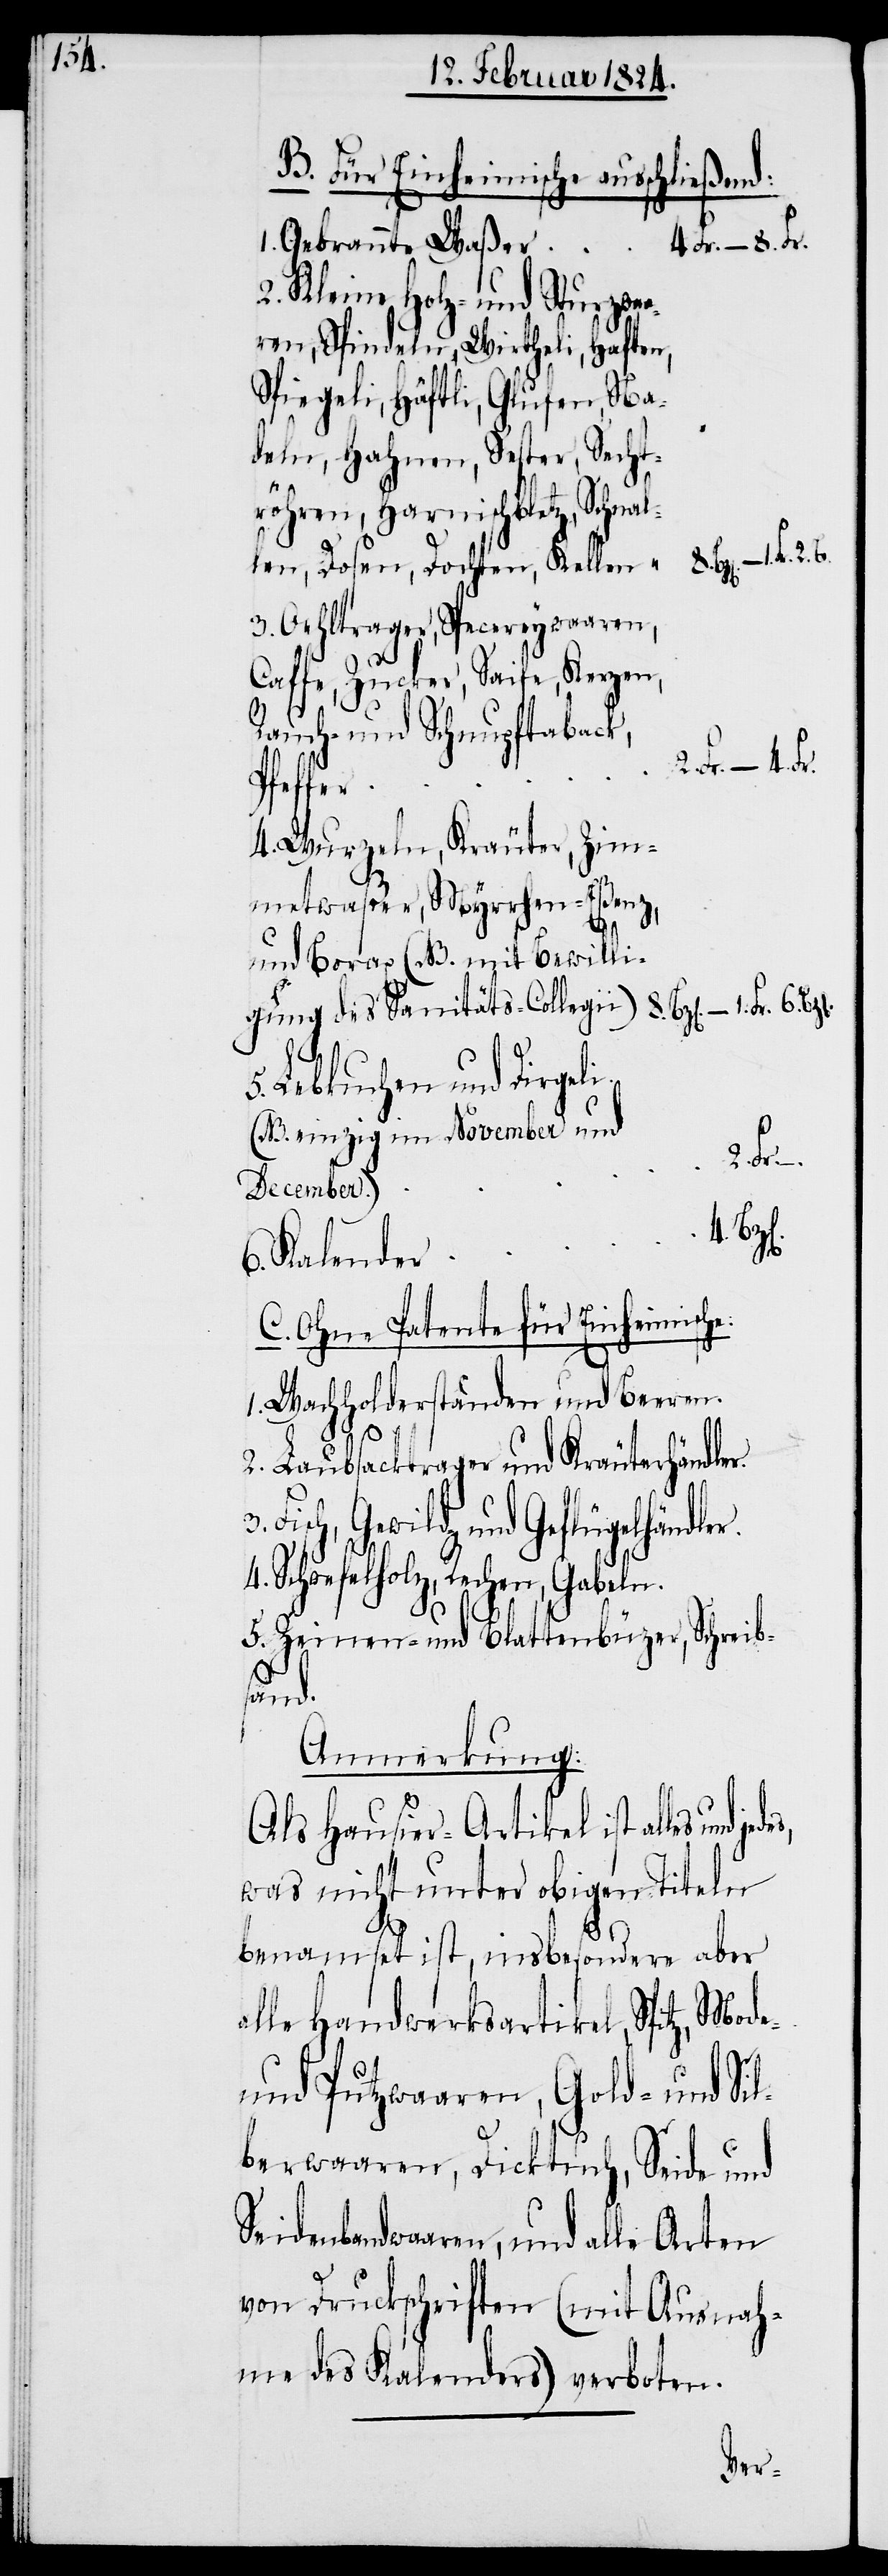
B. Für Einheimische ausschlies¬
4 Fr. – 8. Fr.
1. Gebrannte Waßer
2. Kleine Holz- und Sturzwa¬
aren, Spindeln, Wirtheli, Haften,
Spiegeli, Häftli, Glufen, Na¬
deln, Hahnen, Sester, Secht¬
1.
röhren, Harnischblatz, Schnal¬
len, Dosen, Dochten, Kellen
3. Oehltrager, Specereywaaren,
Caffe, Zucker, Saife, Kerzen,
Rauch- und Schnupftaback,
2. Fr. –.
Pfeffer
4. Wurzeln, Kräuter, Zim¬
twaßer, Myrrhen-Eßenz,
4.
und Borax (NB. mit Bewilli¬
5. Lebkuchen und Dirgeli
(NB. einzig im November und
r.
December)
6. Kalender
C. Ohne Patente für Einheimische:
1. Wachholderstauden und Beeren.
2. Laubsacktrager und Kräuterhändle¬
Fisch, Gewild und Geflügelhändler.
Schwefelholz, Rechen,
5. Zeinen- und Blattenbüzer, Schreib¬
sand.
Anmerkung
Als Hausier-Artikel ist alles und
was nicht unter obigen Titeln
benamset ist, insbesondere aber
alle Handwerksartikel, Spitz, Mode-
und Putzwaaren, gold und Sil¬
berwaaren, Dicktuch, Seide und
Seidenbandwaaren, und alle Arten
von Druckschriften (mit Ausnah¬
me des Kalenders) verboten.